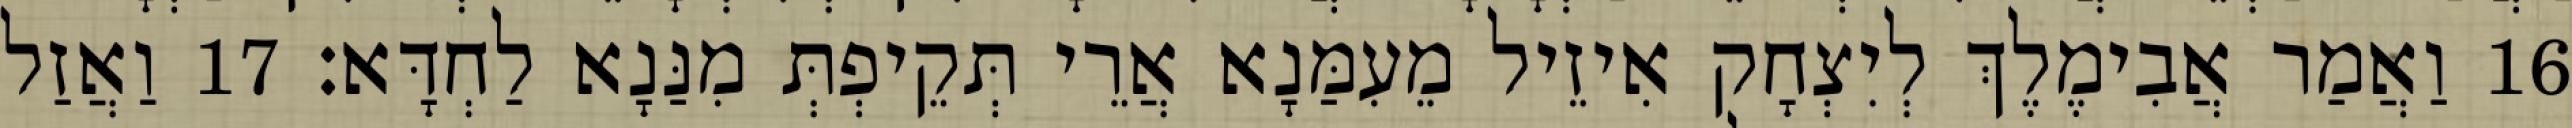
16 וַאֲמַר אֲבִימֶלֶךְ לְיִצְחָק אִיזֵיל מֵעִמַּנָא אֲרֵי תְּקֵיפְתְּ מִנַּנָא לַחְדָּא׃ 17 וַאֲזַל